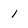
Character: 1